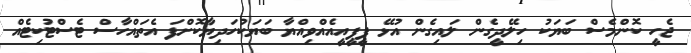
ޖެހީ ކޮންމެސް ބަޔަކު ހިލޭދީގެން ލައިގެން އުޅޭ ޕީޕީއީއެއްވިއްޔާ ބަޔަކުހަދިޔާކޮށްފަ އެތައްހާސް ޓެސްޓުކިޓެއް